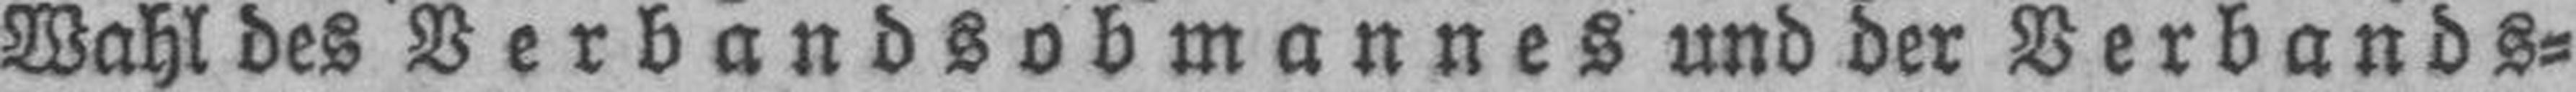
Wahl des Verbandsobmannes und der Verbands¬